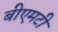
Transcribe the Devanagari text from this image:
बीएमटी